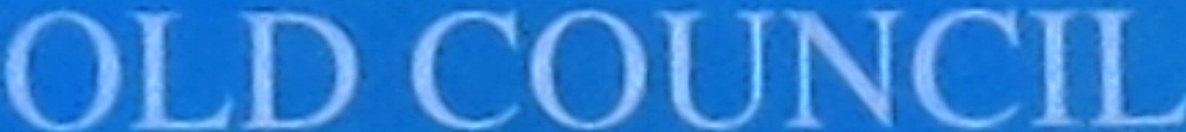
OLD COUNCIL